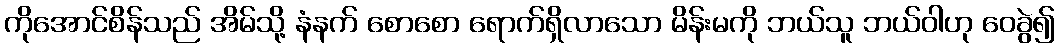
ကိုအောင်စိန်သည် အိမ်သို့ နံနက် စောစော ရောက်ရှိလာသော မိန်းမကို ဘယ်သူ ဘယ်ဝါဟု ဝေခွဲ၍